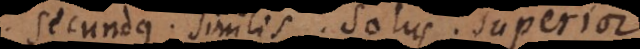
Secundus. Similis. Solus. Superior.